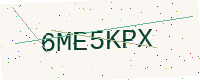
Text: 6ME5KPX